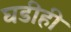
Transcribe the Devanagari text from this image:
घडीही